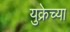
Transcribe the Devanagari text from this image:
युक्रेच्या